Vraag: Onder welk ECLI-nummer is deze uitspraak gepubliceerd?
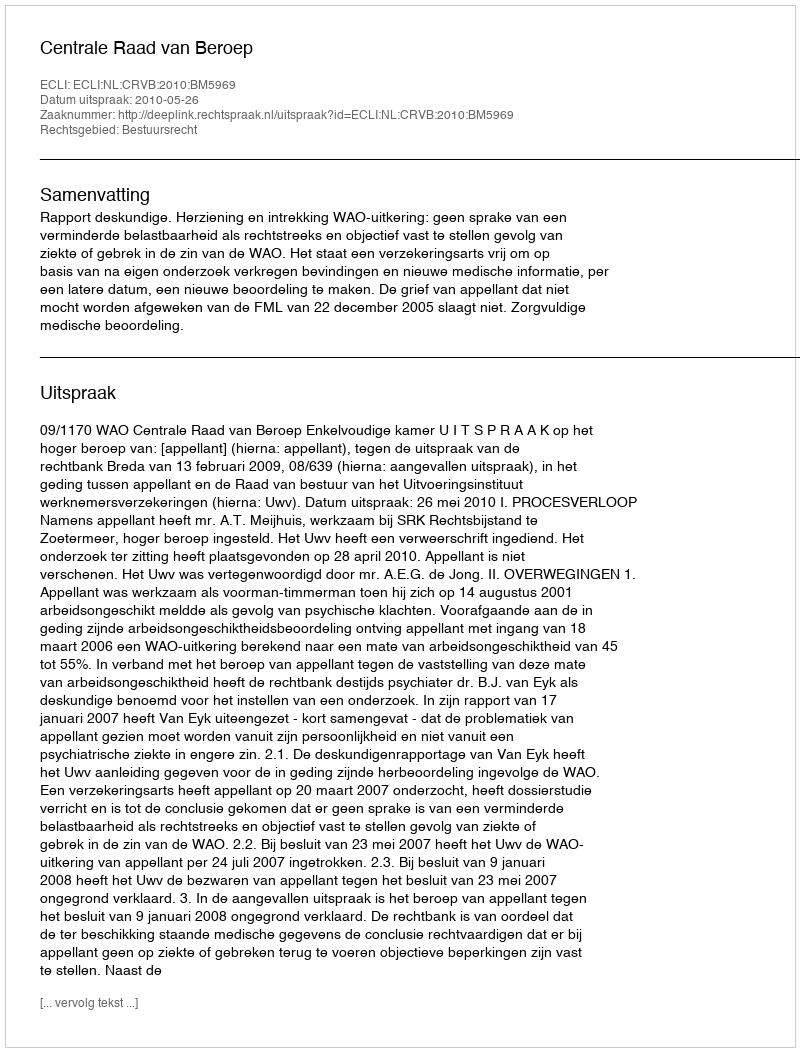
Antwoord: ECLI:NL:CRVB:2010:BM5969